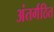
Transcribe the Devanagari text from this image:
अंतर्गठित